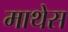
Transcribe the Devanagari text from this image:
माथेस